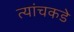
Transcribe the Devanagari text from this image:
त्यांचकडे